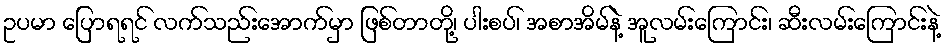
ဥပမာ ပြောရရင် လက်သည်းအောက်မှာ ဖြစ်တာတို့၊ ပါးစပ်၊ အစာအိမ်နဲ့ အူလမ်းကြောင်း၊ ဆီးလမ်းကြောင်းနဲ့